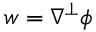
w = \nabla ^ { \perp } \phi